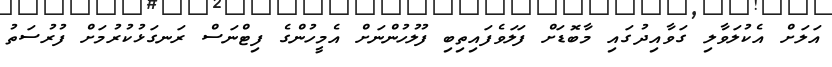
އަލަށް އެކުލަވާލި ގަވާއިދުގައި މާބޮޑަށް ފަލަވެފައިތިބި ފުލުހުންނަށް އެމީހުންގެ ފިޓްނަސް ރަނގަޅުކުރުމަށް ފުރުސަތު